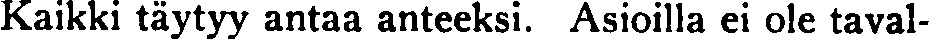
Kaikki täytyy antaa anteeksi. Asioilla ei ole taval-